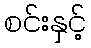
စင်းနှင့်